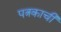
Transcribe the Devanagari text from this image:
पत्रकाची